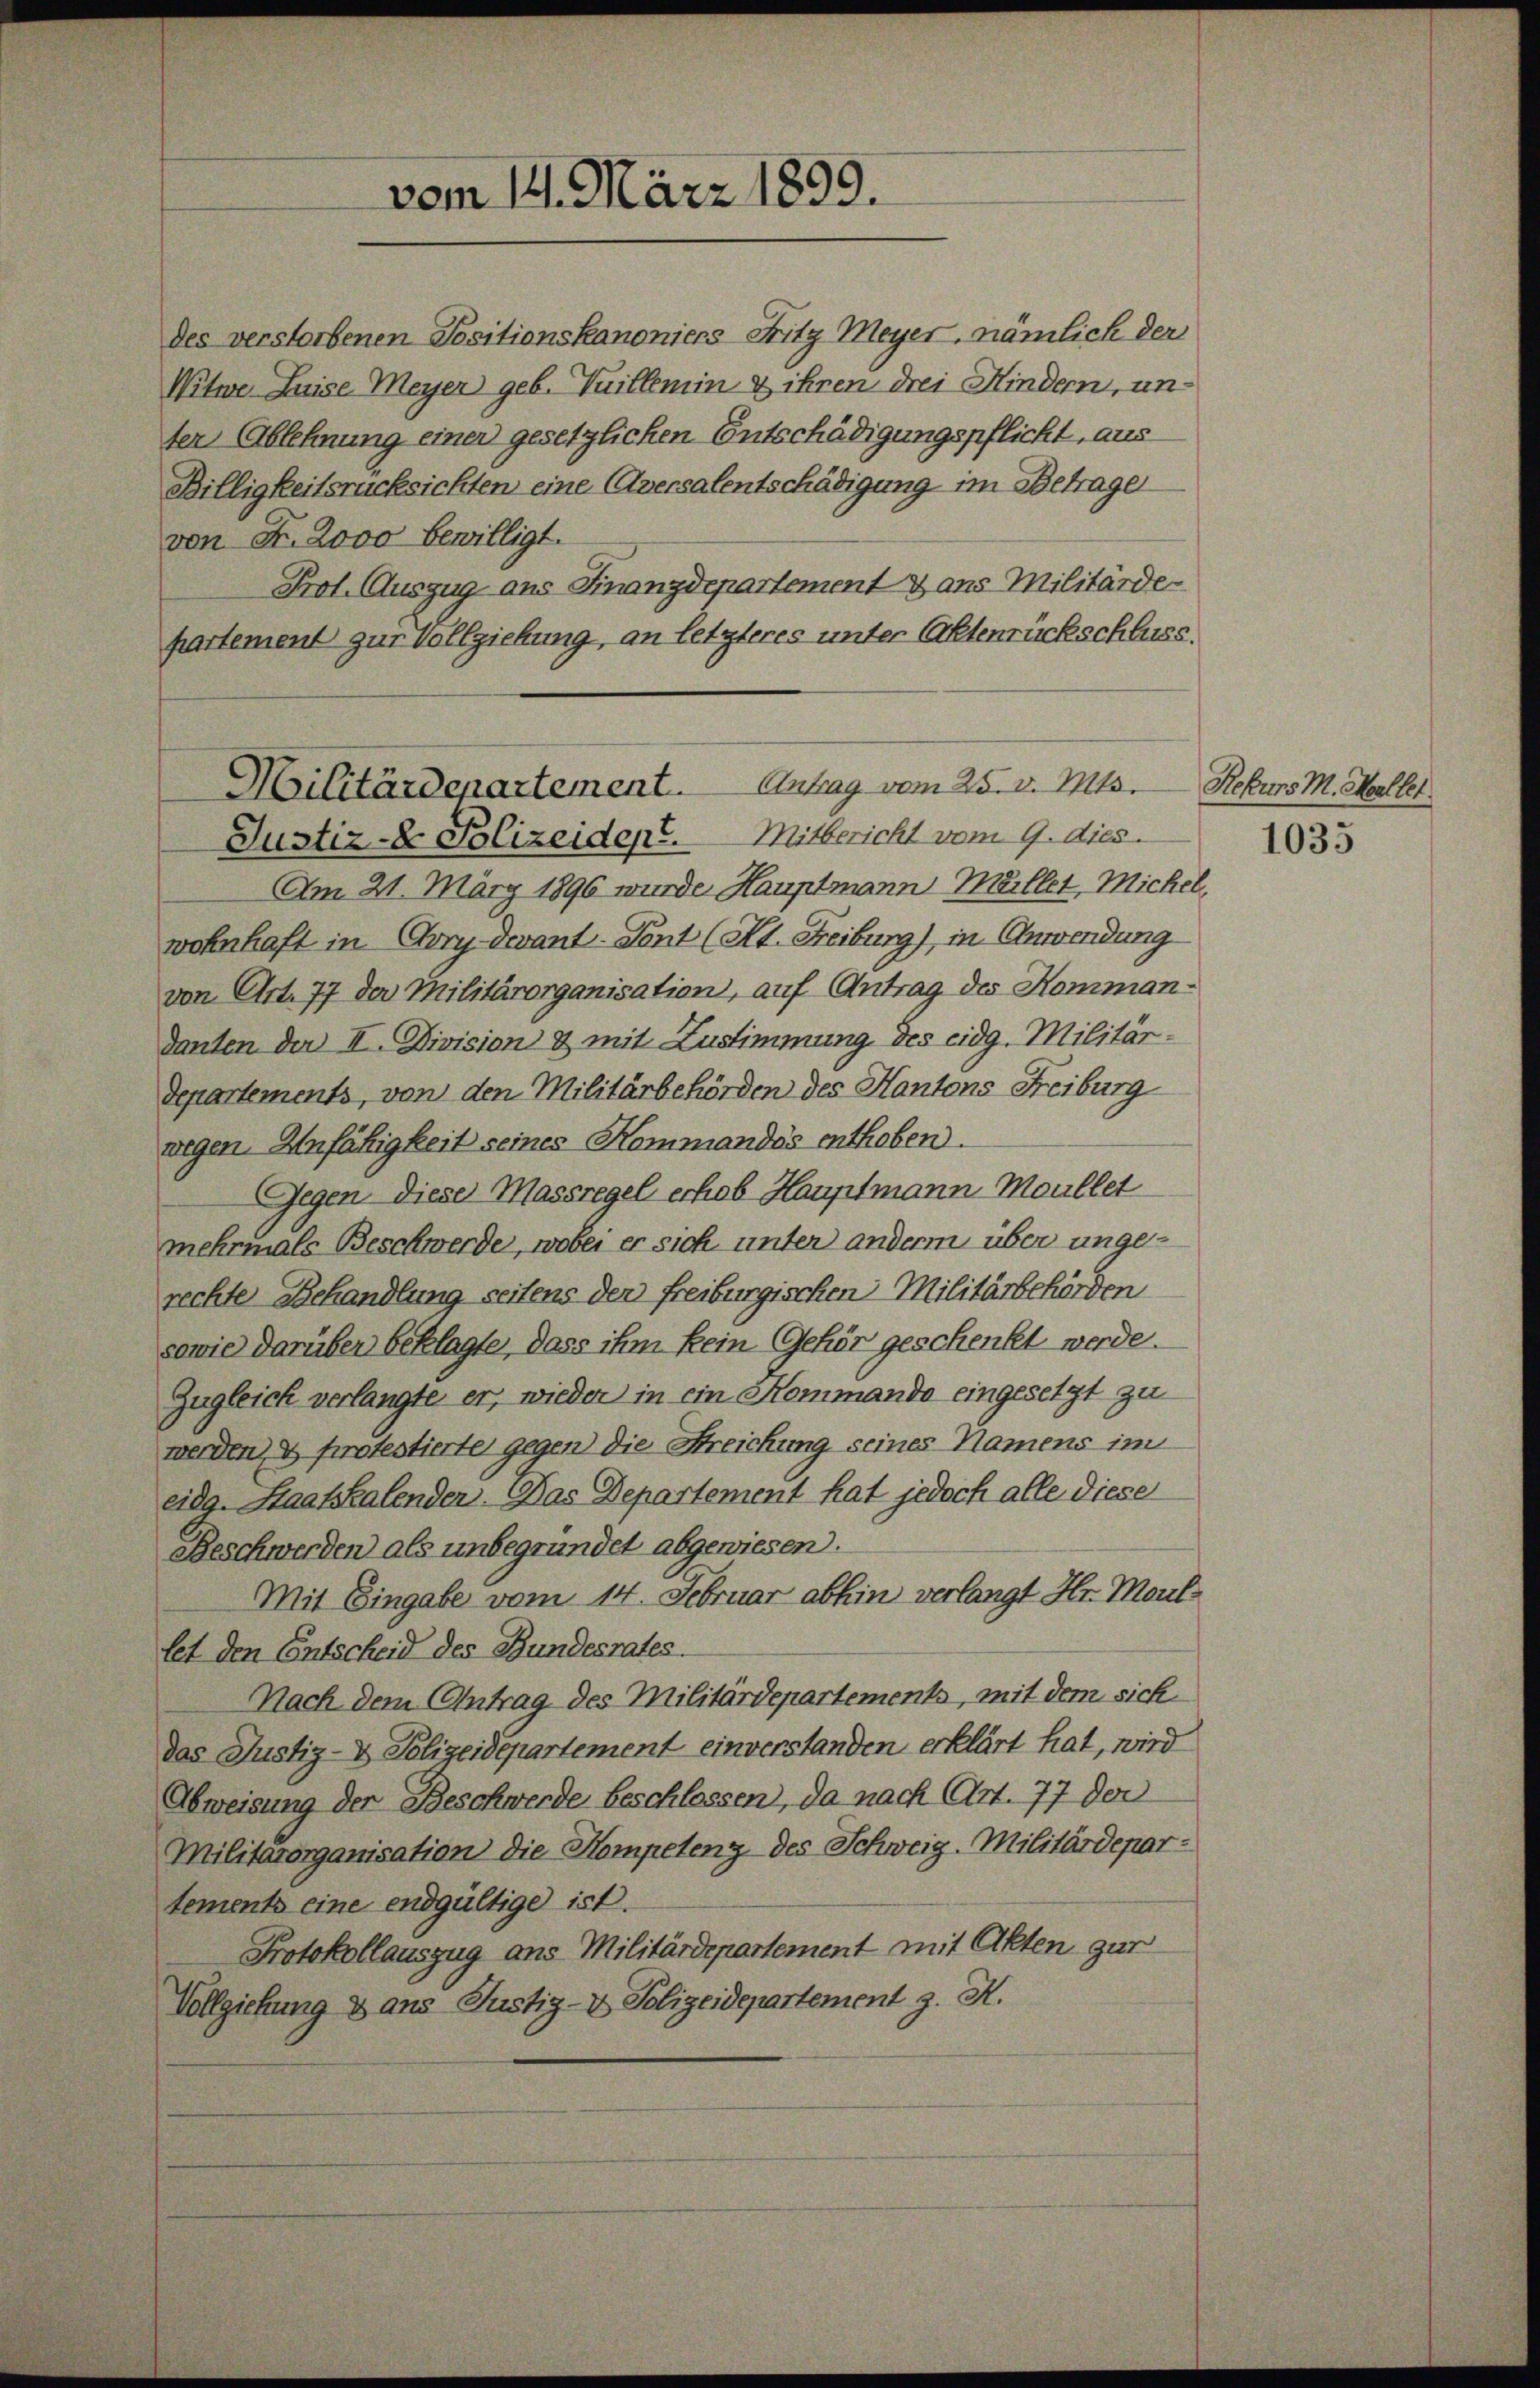
ter Ablehnung einer gesetzlichen Entschädigungspflicht, aus
Billigkeitsrücksichten eine Aversalentschädigung im Betrage
von Fr. 2000 bewilligt.
Prot. Auszug aus Finanzdepartement & aus Militärde-
partement zur Vollziehung, an letzteres unter Aktenrückschluss.

vom 14. März 1899.

des verstorbenen Positionskanoniers Fritz Meyer, nämlich der
Witwe Luise Meyer geb. Tuillemin & ihren drei Kindern, un-

Militärdepartement. Antrag vom 25. v. Mts.
Justiz- & Polizeident. Mitbericht vom 9. dies.

Am 21. März 1896 wurde Hauptmann Müllet, Michel
wohnhaft in Cry Devant. Sont (At. Freiburg), in Anwendung
von Art. 77 der Militärorganisation, auf Antrag des Kommandanten der II. Division & mit Zustimmung des eidg. Militärdepartements, von den Militärbehörden des Kantons Freiburg
wegen Anfähigkeit seines Kommandés enthoben.
Gegen diese Massregel erhob Hauptmann Moullet
mehrmals Beschwerde, wobei er sich unter anderm über ungerechte Behandlung seitens der freiburgischen Militärbehörden
sowie darüber beklagte, dass ihm kein Gehör geschenkt werde.
Zugleich verlangte er, wieder in ein Kommando eingesetzt zu
werden & protestierte gegen die Streichung seines Namens im
eidg. Staatskalender. Das Departement hat jedoch alle diese
Beschwerden als unbegründet abgewiesen.
Mit Eingabe vom 14. Februar abhin verlangt Hr. Moullet den Entscheid des Bundesrates.
Nach dem Antrag des Militärdepartements, mit dem sich
das Justiz- & Polizeidepartement einverstanden erklärt hat, wird
Abweisung der Beschwerde beschlossen, da nach Art. 77 der
Militärorganisation die Kompetenz des Schweiz. Militärdepartements eine endgültige ist.
Protokollauszug aus Militärdepartement mit Akten zur
Vollziehung & aus Justiz- & Polizeidepartement z. R.

Rekurs M. Moellet
1035